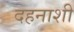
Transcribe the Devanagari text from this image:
दहनाशी